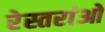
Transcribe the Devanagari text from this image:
रेस्तरांओ